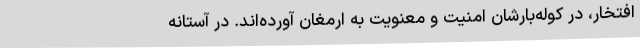
افتخار، در کوله‌بارشان امنیت و معنویت به ارمغان آورده‌اند. در آستانه